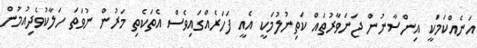
އަނެއްކަމަކީ އިންސާނުން ޖަނަވާރުތައް ކަތިނުލުމަކީ އެއީ ފަހަރެއްގައިވެސް އެތަކެތި މަރުން ނުވަތަ ހަލާކުވެދިއުމުން